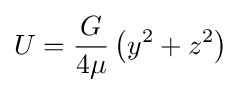
U={\frac {G}{4\mu }}\left(y^{2}+z^{2}\right)